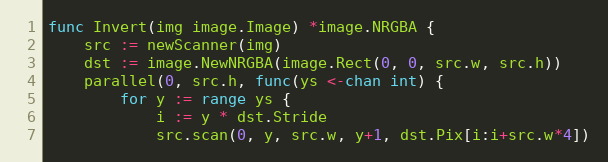
Language: Go
func Invert(img image.Image) *image.NRGBA {
	src := newScanner(img)
	dst := image.NewNRGBA(image.Rect(0, 0, src.w, src.h))
	parallel(0, src.h, func(ys <-chan int) {
		for y := range ys {
			i := y * dst.Stride
			src.scan(0, y, src.w, y+1, dst.Pix[i:i+src.w*4])